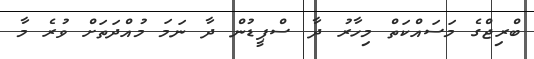
ބްރިޖްގެ މަސައްކަތް މިހާރު ދާ ސްޕީޑުން ދާ ނަމަ މުއްދަތަށް ވުރެ މާ